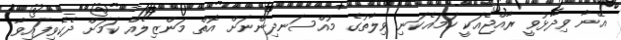
އޭނާ ވިދާޅުވީ ރާއްޖެއަކީ ހަމައެކަނި ވިލާތުގެ މުއްސަނދިންނަށް އޮތް މަންޒިލެއް ކަމަށް ދެކެވިފައިވާ